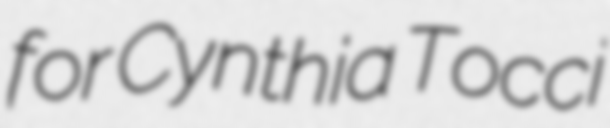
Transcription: for Cynthia Tocci